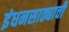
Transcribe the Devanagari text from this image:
इंधनसाठ्याची